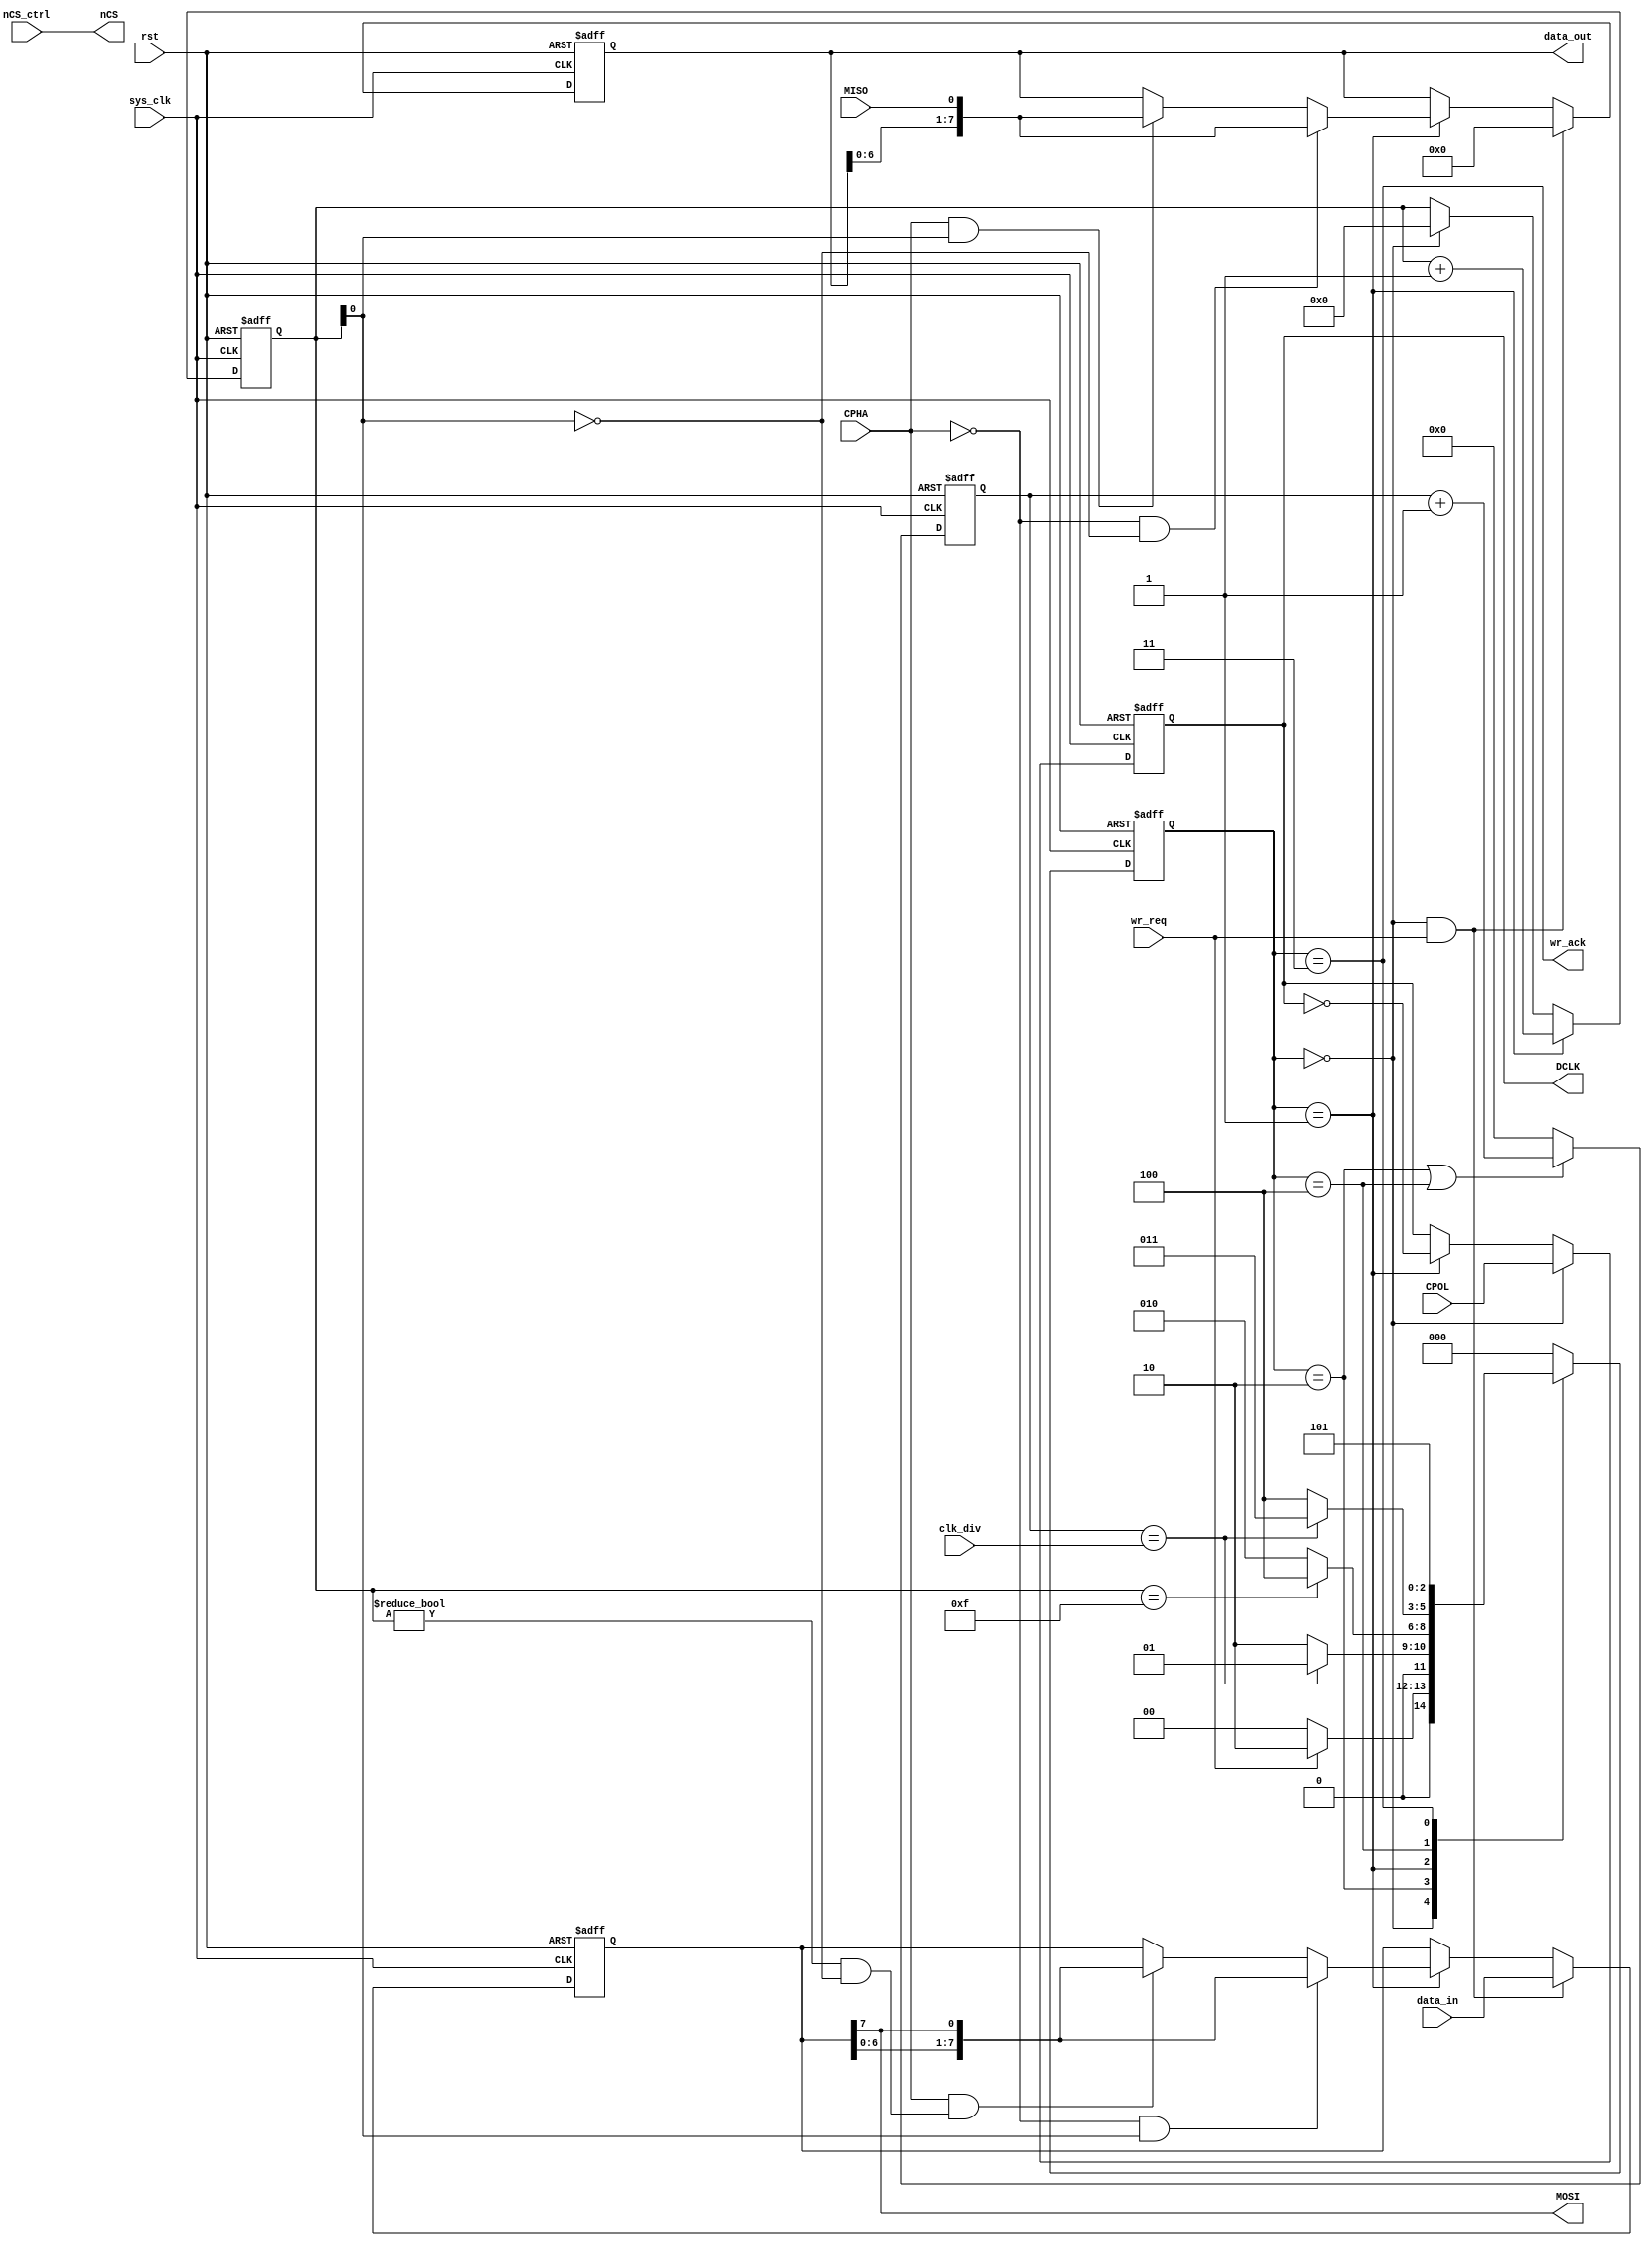
`timescale 1ns / 1ps
//////////////////////////////////////////////////////////////////////////////////
// Company: 
// Engineer: 
// 
// Design Name: 
// Module Name:    SPI_Master 
// Project Name: 
// Target Devices: 
// Tool versions: 
// Description: 
//
// Dependencies: 
//
// Revision: 
// Revision 0.01 - File Created
// Additional Comments: 
//
//////////////////////////////////////////////////////////////////////////////////
module SPI_Master
(
	input                       sys_clk,	
	input                       rst,
	output                      nCS,       //chip select (SPI mode) 
	output                      DCLK,      //spi clock
	output                      MOSI,      //spi data output
	input                       MISO,      //spi input
	input                       CPOL,
	input                       CPHA,
	input                       nCS_ctrl,
	input[15:0]                 clk_div,
	input                       wr_req,
	output                      wr_ack,
	input[7:0]                  data_in,
	output[7:0]                 data_out
);
localparam  IDLE            = 3'd0;
localparam  DCLK_EDGE       = 3'd1;
localparam  DCLK_IDLE       = 3'd2;
localparam  ACK             = 3'd3;
localparam  LAST_HALF_CYCLE = 3'd4;
localparam  ACK_WAIT        = 3'd5;
reg         DCLK_reg;
reg[7:0]    MOSI_shift;
reg[7:0]    MISO_shift;
reg[2:0]    state;
reg[2:0]    next_state;
reg[15:0]   clk_cnt;
reg[4:0]    clk_edge_cnt;
assign      MOSI = MOSI_shift[7];
assign      DCLK = DCLK_reg;
assign      data_out = MISO_shift;
assign      wr_ack = (state == ACK);
assign      nCS = nCS_ctrl;

always@(posedge sys_clk or posedge rst)
begin
	if(rst)
		state <= IDLE;
	else
		state <= next_state;
end

always@(*)
begin
	case(state)
		IDLE:
			if(wr_req == 1'b1)
				next_state <= DCLK_IDLE;
			else
				next_state <= IDLE;
		DCLK_IDLE:
			//half a SPI clock cycle produces a clock edge
			if(clk_cnt == clk_div)
				next_state <= DCLK_EDGE;
			else
				next_state <= DCLK_IDLE;
		DCLK_EDGE:
			//a SPI byte with a total of 16 clock edges
			if(clk_edge_cnt == 5'd15)
				next_state <= LAST_HALF_CYCLE;
			else
				next_state <= DCLK_IDLE;
		//this is the last data edge		
		LAST_HALF_CYCLE:
			if(clk_cnt == clk_div)
				next_state <= ACK;
			else
				next_state <= LAST_HALF_CYCLE; 
		//send one byte complete		
		ACK:
			next_state <= ACK_WAIT;
		//wait for one clock cycle, to ensure that the cancel request signal
		ACK_WAIT:
			next_state <= IDLE;
		default:
			next_state <= IDLE;
	endcase
end

always@(posedge sys_clk or posedge rst)
begin
	if(rst)
		DCLK_reg <= 1'b0;
	else if(state == IDLE)
		DCLK_reg <= CPOL;
	else if(state == DCLK_EDGE)
		DCLK_reg <= ~DCLK_reg;//SPI clock edge
end
//SPI clock wait counter
always@(posedge sys_clk or posedge rst)
begin
	if(rst)
		clk_cnt <= 16'd0;
	else if(state == DCLK_IDLE || state == LAST_HALF_CYCLE) 
		clk_cnt <= clk_cnt + 16'd1;
	else
		clk_cnt <= 16'd0;
end
//SPI clock edge counter
always@(posedge sys_clk or posedge rst)
begin
	if(rst)
		clk_edge_cnt <= 5'd0;
	else if(state == DCLK_EDGE)
		clk_edge_cnt <= clk_edge_cnt + 5'd1;
	else if(state == IDLE)
		clk_edge_cnt <= 5'd0;
end
//SPI data output
always@(posedge sys_clk or posedge rst)
begin
	if(rst)
		MOSI_shift <= 8'd0;
	else if(state == IDLE && wr_req)
		MOSI_shift <= data_in;
	else if(state == DCLK_EDGE)
		if(CPHA == 1'b0 && clk_edge_cnt[0] == 1'b1)
			MOSI_shift <= {MOSI_shift[6:0],MOSI_shift[7]};
		else if(CPHA == 1'b1 && (clk_edge_cnt != 5'd0 && clk_edge_cnt[0] == 1'b0))
			MOSI_shift <= {MOSI_shift[6:0],MOSI_shift[7]};
end
//SPI data input
always@(posedge sys_clk or posedge rst)
begin
	if(rst)
		MISO_shift <= 8'd0;
	else if(state == IDLE && wr_req)
		MISO_shift <= 8'h00;
	else if(state == DCLK_EDGE)
		if(CPHA == 1'b0 && clk_edge_cnt[0] == 1'b0)
			MISO_shift <= {MISO_shift[6:0],MISO};
		else if(CPHA == 1'b1 && (clk_edge_cnt[0] == 1'b1))
			MISO_shift <= {MISO_shift[6:0],MISO};
end

endmodule